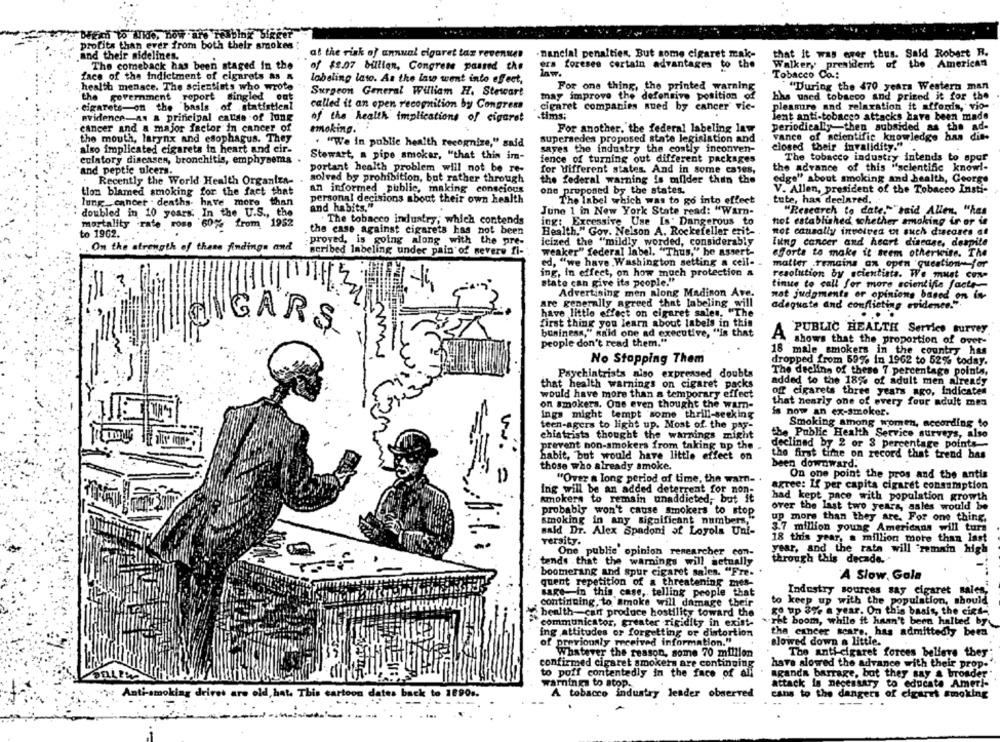
Med to Ulde, how are Telbli bigger
profits than ever from both their smokes :
nancial penaltien, But some cigaret mak-
that it was emer thus. Said Robert R.
and their nidelines.
at the risk of annual cigaret tax revenues
The comeback has been staged In the
of $2.07 billion, Congress passed the
era foresee certain advantages to the
Walker, president of the American
Tobacco Co .:
face of the indictment of cigarets as &
labeling las. As the law went into effect,
health menace. The scientists who wrote
For one thing, the printed warning
"During the 470 years Western man
the government report singled out
Surgeon General William H. Stewart
may improve the defensive position of
bas used tobacco and prized it for the
cigarets-on the basis . of statistical
called it an open recognition by Congress
cigaret companies sued by cancer vic-
pleasure and relaxation it affords, vio-
evidence-as a principal causa of long
of the health implications of cigaret
.tims;
Jent anti-tobacco attacks have been made
periodically-then subsided as the ad-
cancer and a major factor in cancer of
smoking.
For another, the federal labeling law
the mouth, larynx and esophagus. They
supersedes proposed state legislation and
vance of scientific knowledge has die-
also implicated cigarets in heart and cir-
. "We in public health recognize," said
sayes the industry the costly inconven-
closed their invalidity."
Stewart, a pipe smoker, "that this im-
eulatory dincasen, bronchitis, emphysema
ience of turning out different packages
The tobacco industry intends to spur
and peptic ulcers.
portant health problem will not be re-
for different states. And in some cases,
the advance of this "scientific know !-
solved by prohibition, but rather through
edge" about smoking and health, George
Recently the World Health Organiza-
the federal warning is mifider than the
tion blamed smoking for the fact that
an informed public, making conscious
one proposed by the states.
V. Allen, president of the Tobacco Insti-
lung cancer . deaths- have more than
personal decisions about their own health
The label which was to go into effect
tute, has declared. .
and habits."
doubled in 10 years. In the U.S ., the
June 1 in New York State read: "Warn-
"Research to date," "said Allen, "has
The tobacco industry; which contends
ing: Excessive Use Is' Dangerous to
not established whether smoking ir or in
mortality rate rose '60% from 1952
the case against cigarets has not been
to 1962.
Health." Gov. Nelson A. Rockefeller erit-
not causally involved tot auch discases at
.proved, is going along with the pre-
icized the "mildly worded, considerably
lung cancer and heart disease, despite
On the strength of these findings and
scribed labeling under pain of severe fi-
weaker" federal label. "Thus," he assert-
efforts to make it trem otherwise. The
ed, "we have Washington setting a cell-
matter .remains an open question-for
ing, in effect, on how much protection a
resolution by scientists. We must con-
state can give its people."
tinte to call for more scientific facts --
Advertising men along Madison Ave.
not judgments or opinions based on in-
are generally agreed that labeling will
adequate and conflicting evidence.".
have little effect on cigaret sales. "The
first thing you learn about labels in this
IGARS
business," said one ad executive, "in that
PUBLIC HEALTH Service survey
people don't read them."
A
shows that the proportion of over-
18 male smokers in the country has
No Stopping Them
dropped from 59% in 1962 to 52% today.
The decline of these 7 percentage points,
Psychiatrists niso expressed doubts
that health warnings on cigaret packs
added to the 18% of adult men already
off cigarets three years ago, indicates
would have more than a temporary effect
on smokers. One even thought the warn-
that nearly one of every four adult mes
ings might tempt some thrill-seeking
is now an ex-smoker.
Smoking among women, according to
teen-agers to light up. Most of the par-
chiatrists thought the warnings might
the Public Health Service surveys, also
prevent non-smokers from taking up the
declined by 2 or 3 percentage points --
habit, but would have little effect on
the first time on record that trend has
those who already smoke.
been downward.
On one point the pros and the antis
w. =
"Over a long period of time, the warn- .
Ing will be an added deterrent for non-
agree: If per capita cigaret consumption
had kept pace with population growth
smokers to remain unaddicted, but it
probably won't cause smokers to stop
over the last two years, sales would be
smoking in any significant numbers,
up more than they are. For one thing.
Bald Dr. Alex Spadoni of Loyola Uni-
3.7 million young Americans will tura
versity.
18 this year, a million more than last
year, and the rata will remain high
One public opinion renearcher con-
tends . that the warnings will actually
through this decade."
boomerang and spur cigaret sales. "Fre-
A Slow, Gala
quent repetition of a threatening mes-
sage-in this case, telling people that
Industry sources say cigaret sales,
to keep up with the population, should
continuing, to smoke will damage their
health-cart produce hostility toward the
go up 3% a year. On this basis, the cint-
communicator, greater rigidity in exist-
* ret boom, while it hasn't been halled by
"ing attitudes or forgetting or distortion
the cancer scars, has admittedly been
of previously received information."
slowed down a little.
Whatever the reason, some 70 million
The anti-cigaret forces believe they
confirmed cigaret smokers are continuing
have slowed the advance with their prop.
to poff contentedly in the face of all
aganda barrage, but they say a broader"
warnings to atop.
attack is necessary to educate Ameri-
Anti-smoking drives are old, hat. This cartoon dates back to 1890s.
A tobacco industry leader observed
cans to the dangers of cigaret smoking
--
----